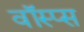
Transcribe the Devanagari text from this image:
वॉस्प्स